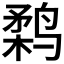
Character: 𱊗